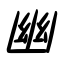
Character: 幽